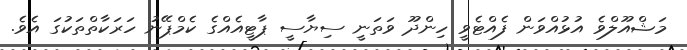
މަޝްއޫލްވެ އުޅުއްވަން ފެއްޓެވީ ހިންދޫ ވަތަނީ ސިޔާސީ ޕާޓީއެއްގެ ކެމްޕޭނު ހަރަކާތްތަކުގަ އެވެ.